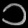
Digit: ၁